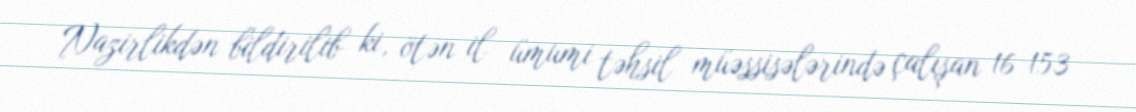
Nazirlikdən bildirilib ki, ötən il ümumi təhsil müəssisələrində çalışan 16 153